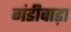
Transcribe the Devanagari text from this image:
गंडीवाड़ा